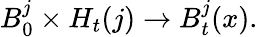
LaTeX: B_{0}^{j}\times H_{t}(j)\to B_{t}^{j}(x).